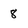
Character: 8